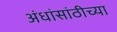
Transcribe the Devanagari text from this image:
अंधांसांठीच्या